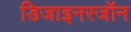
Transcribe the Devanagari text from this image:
डिजाइनरजॉन